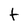
Character: t